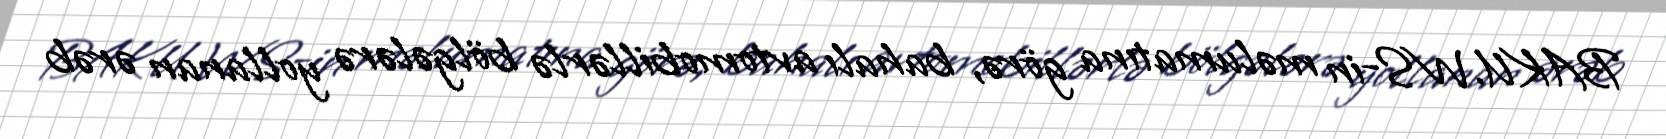
BAKU.WS-in məlumatına görə, bahalı avtomobillərlə bölgələrə yollanan ərəb